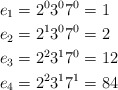
\begin{align*} e_1 &= 2^03^07^0 = 1\\ e_2 &= 2^13^07^0 = 2\\ e_3 &= 2^23^17^0 = 12\\ e_4 &= 2^23^17^1 = 84 \end{align*}